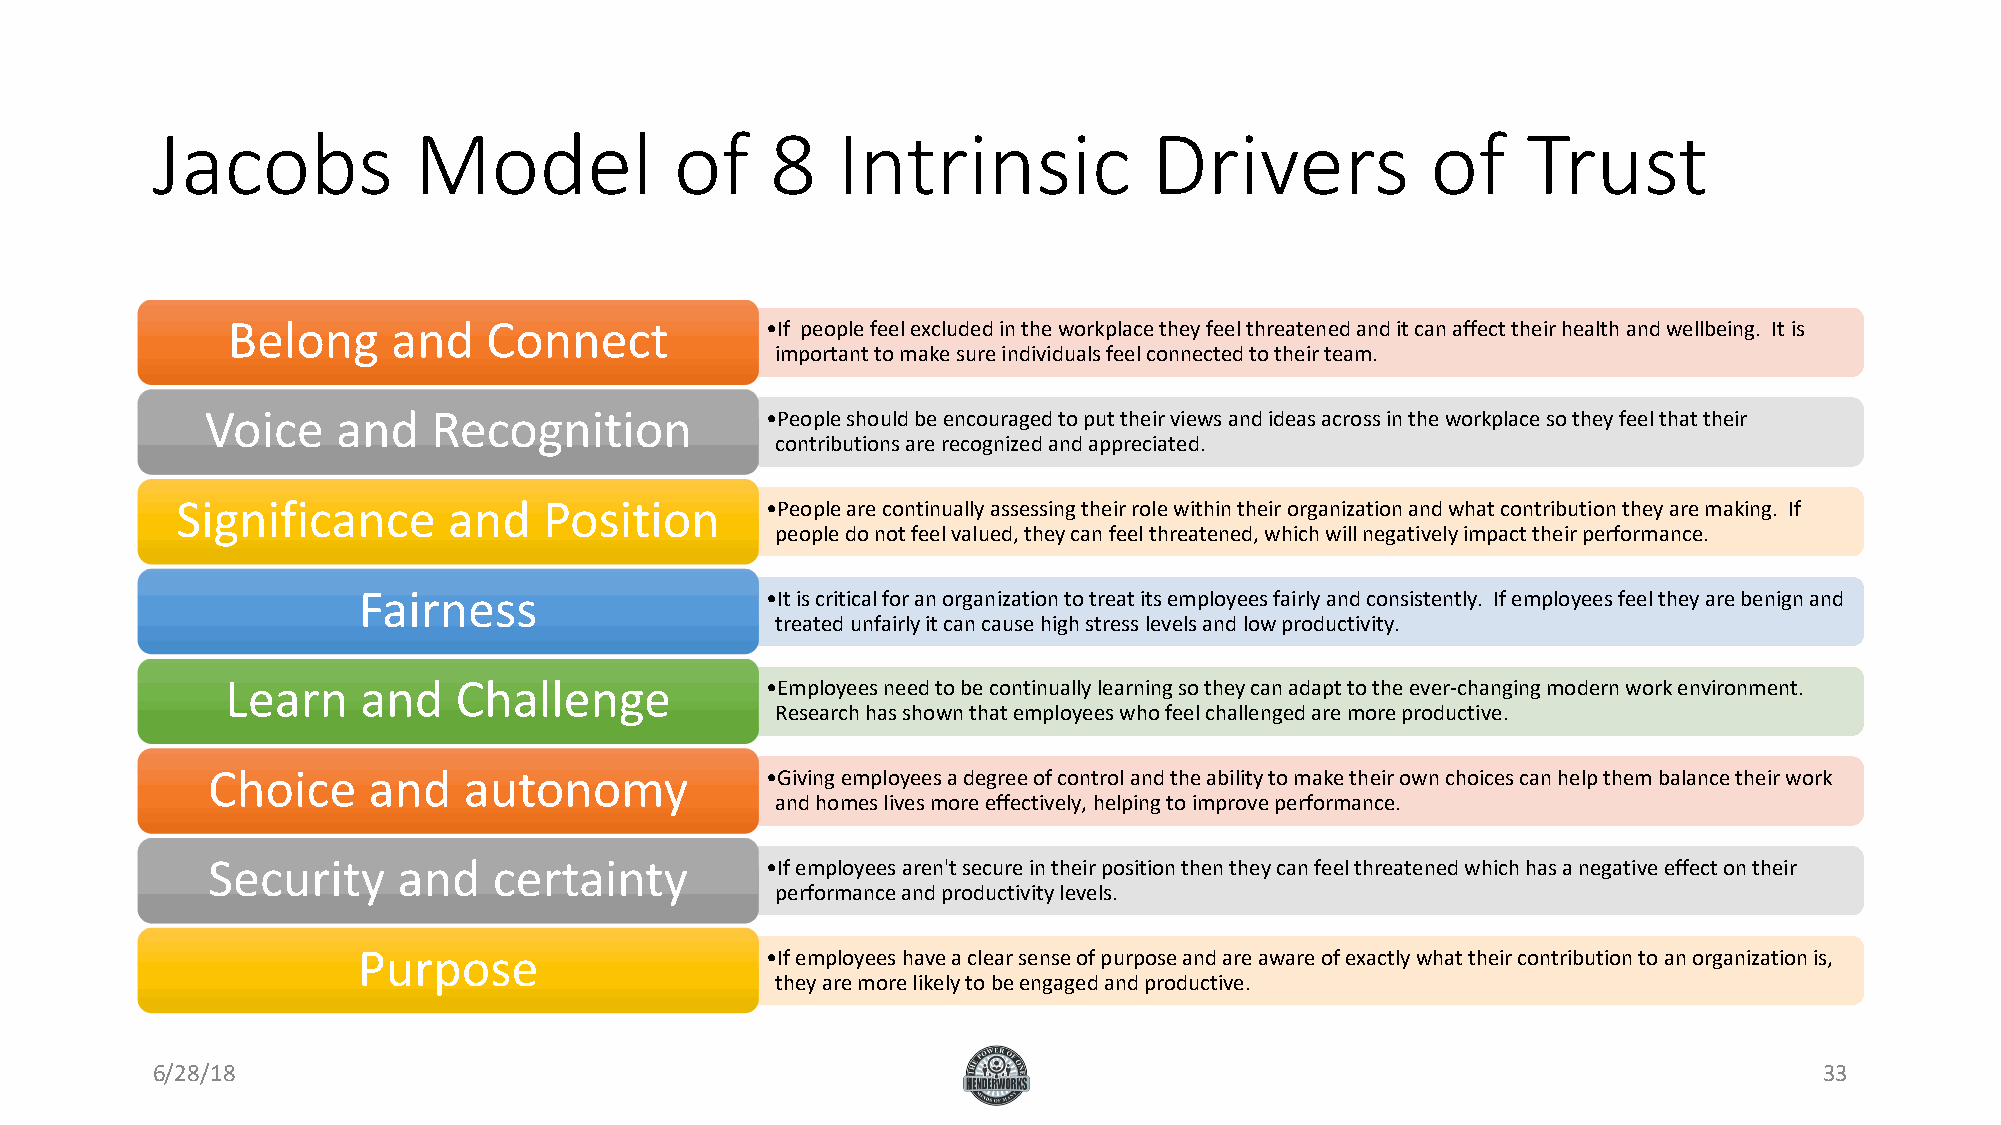
Jacobs           Model             of    8   Intrinsic            Drivers            of    Trust
 Belong     and   Connect            •If people feel excluded in the workplace they feel threatened and it can affect their health and wellbeing. It is
 important to make sure individuals feel connected to their team.
 Voice   and    Recognition           •People should be encouraged to put their views and ideas across in the workplace so they feel that their
 contributions are recognized and appreciated.
 Significance      and   Position       •People are continually assessing their role within their organization and what contribution they are making. If
 people do not feel valued, they can feel threatened, which will negatively impact their performance.
 Fairness                   •It is critical for an organization to treat its employees fairly and consistently. If employees feel they are benign and
 treated unfairly it can cause high stress levels and low productivity.
 Learn    and   Challenge            •Employees need to be continually learning so they can adapt to the ever-changing modern work environment.
 Research has shown that employees who feel challenged are more productive.
 Choice    and    autonomy            •Giving employees a degree of control and the ability to make their own choices can help them balance their work
 and homes lives more effectively, helping to improve performance.
 Security    and    certainty         •If employees aren't secure in their position then they can feel threatened which has a negative effect on their
 performance and productivity levels.
 Purpose                    •If employees have a clear sense of purpose and are aware of exactly what their contribution to an organization is,
 they are more likely to be engaged and productive.
 6/28/18                                                                                                        33